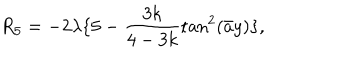
LaTeX: R _ { 5 } = - 2 \lambda \{ 5 - \frac { 3 k } { 4 - 3 k } \tan ^ { 2 } ( \bar { a } y ) \} ,